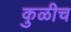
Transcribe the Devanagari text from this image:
कुळीच